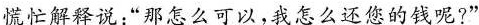
慌忙解释说：”那怎么可以，我怎么还您的钱呢?”